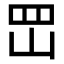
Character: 𡶩